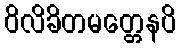
ဝိလိခိတမတ္တေနပိ